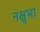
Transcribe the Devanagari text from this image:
नक्षुभा